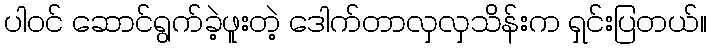
ပါဝင် ဆောင်ရွက်ခဲ့ဖူးတဲ့ ဒေါက်တာလှလှသိန်းက ရှင်းပြတယ်။